Medical and sanitary report on the native army of Bombay for the year
Year: 1878
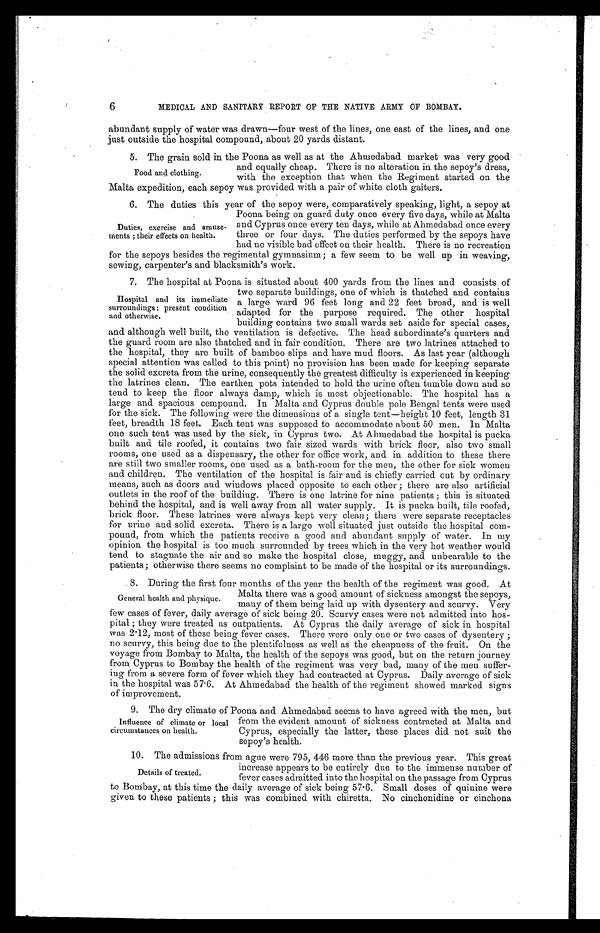
6
MEDICAL AND SANITARY REPORT OF THE NATIVE ARMY OF BOMBAY.
abundant supply of water was drawn—four west of the lines, one east of the lines, and one
just outside the hospital compound, about 20 yards distant.
5. The grain sold in the Poona as well as at the Ahmedabad market was very good
Food and clothing.
and equally cheap. There is no alteration in the sepoy's dress,
with the exception that when the Regiment started on the
Malta expedition, each sepoy was provided with a pair of white cloth gaiters.
6. The duties this year of the sepoy were, comparatively speaking, light, a sepoy at
Duties, exercise and amuse
ments ; their effects on health.
Poona being on guard duty once every five days, while at Malta
and Cyprus once every ten days, while at Ahmedabad once every
three or four days. The duties performed by the sepoys have
had no visible bad effect on their health. There is no recreation
for the sepoys besides the regimental gymnasium; a few seem to be well up in weaving,
sewing, carpenter's and blacksmith's work.
7. The hospital at Poona is situated about 400 yards from the lines and consists of
Hospital and its immediate
surroundings: present condition
and otherwise.
two separate buildings, one of which is thatched and contains
a large ward 96 feet long and 22 feet broad, and is well
adapted for the purpose required. The other hospital
building contains two small wards set aside for special cases,
and although well built, the ventilation is defective. The head subordinate's quarters and
the guard room are also thatched and in fair condition. There are two latrines attached to
the hospital, they are built of bamboo slips and have mud floors. As last year (although
special attention was called to this point) no provision has been made for keeping separate
the solid excreta from the urine, consequently the greatest difficulty is experienced in keeping
the latrines clean. The earthen pots intended to hold the urine often tumble down and so
tend to keep the floor always damp, which is most objectionable. The hospital has a
large and spacious compound. In Malta and Cyprus double pole Bengal tents were used
for the sick. The following were the dimensions of a single tent—height 10 feet, length 31
feet, breadth 18 feet. Each tent was supposed to accommodate about 50 men. In Malta
one such tent was used by the sick, in Cyprus two. At Ahmedabad the hospital is pucka
built and. tile roofed, it contains two fair sized wards with brick floor, also two small
rooms, one used as a dispensary, the other for office work, and in addition to these there
are still two smaller rooms, one used as a bath-room for the men, the other for sick women
and children. The ventilation of the hospital is fair and is chiefly carried out by ordinary
means, such as doors and windows placed opposite to each other ; there are also artificial
outlets in the roof of the building. There is one latrine for nine patients ; this is situated
behind the hospital, and is well away from all water supply. It is pucka built, tile roofed,
brick floor. These latrines were always kept very clean; there were separate receptacles
for urine and solid excreta. There is a large well situated just outside the hospital com-
pound, from which the patients receive a good and abundant supply of water. In my
opinion the hospital is too much surrounded by trees which in the very hot weather would
tend to stagnate the air and so make the hospital close, muggy, and unbearable to the
patients; otherwise there seems no complaint to be made of the hospital or its surroundings.
8. during the first four months of the year the health of the regiment was good. At
General health and physique.
Malta there was a good amount of sickness amongst the sepoys,
many of them being laid up with dysentery and scurvy. Very
few cases of fever, daily average of sick being 20. Scurvy cases were not admitted into hos
pital ; they were treated as outpatients. At Cyprus the daily average of sick in hospital
was 2.12, most of these being fever cases. There were only one or two cases of dysentery ;
no scurvy, this being due to the plentifulness as well as the cheapness of the fruit. On the
voyage from Bombay to Malta, the health of the sepoys was good, but on the return journey
from Cyprus to Bombay the health of the regiment was very bad, many of the men suffer-
ing from a severe form of fever which they had contracted. at Cyprus. Daily average of sick
in the hospital was 57.6. At Ahmedabad the health of the regiment showed marked signs
of improvement.
9. The dry climate of Poona and Ahmedabad seems to have agreed with the men, but
Influence of climate or local
circumstances on health.
from. the evident amount of sickness contracted at Malta and
Cyprus, especially the latter, these places did not suit th
e sepoy' s health.
10. The admissions from ague were 795, 446 more than the previous year. This great
increase appears to be entirely due to the immense number of
fever eases admitted into the hospital on the passage from Cynrus
Details of treated.
to Bombay, at this time the daily average of sick being 57.6. Small doses of quinine were
given to these patients ; this was combined with chiretta. No cinchonidine or cinchona